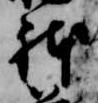
躰